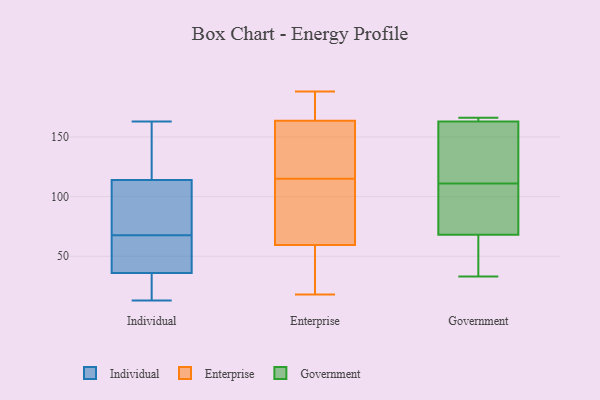
{"axis": {"x": "Headcount", "y": "Value"}, "legend": ["Enterprise", "Government", "Individual"], "data": [{"x": "", "y": 34, "type": "Individual"}, {"x": "", "y": 53, "type": "Individual"}, {"x": "", "y": 154, "type": "Individual"}, {"x": "", "y": 13, "type": "Individual"}, {"x": "", "y": 36, "type": "Individual"}, {"x": "", "y": 70, "type": "Individual"}, {"x": "", "y": 104, "type": "Individual"}, {"x": "", "y": 85, "type": "Individual"}, {"x": "", "y": 24, "type": "Individual"}, {"x": "", "y": 65, "type": "Individual"}, {"x": "", "y": 162, "type": "Individual"}, {"x": "", "y": 114, "type": "Individual"}, {"x": "", "y": 94, "type": "Individual"}, {"x": "", "y": 163, "type": "Individual"}, {"x": "", "y": 29, "type": "Individual"}, {"x": "", "y": 64, "type": "Individual"}, {"x": "", "y": 46, "type": "Individual"}, {"x": "", "y": 129, "type": "Individual"}, {"x": "", "y": 57, "type": "Enterprise"}, {"x": "", "y": 76, "type": "Enterprise"}, {"x": "", "y": 115, "type": "Enterprise"}, {"x": "", "y": 70, "type": "Enterprise"}, {"x": "", "y": 164, "type": "Enterprise"}, {"x": "", "y": 188, "type": "Enterprise"}, {"x": "", "y": 55, "type": "Enterprise"}, {"x": "", "y": 162, "type": "Enterprise"}, {"x": "", "y": 18, "type": "Enterprise"}, {"x": "", "y": 64, "type": "Enterprise"}, {"x": "", "y": 58, "type": "Enterprise"}, {"x": "", "y": 160, "type": "Enterprise"}, {"x": "", "y": 52, "type": "Enterprise"}, {"x": "", "y": 83, "type": "Enterprise"}, {"x": "", "y": 125, "type": "Enterprise"}, {"x": "", "y": 128, "type": "Enterprise"}, {"x": "", "y": 171, "type": "Enterprise"}, {"x": "", "y": 171, "type": "Enterprise"}, {"x": "", "y": 166, "type": "Enterprise"}, {"x": "", "y": 112, "type": "Government"}, {"x": "", "y": 164, "type": "Government"}, {"x": "", "y": 33, "type": "Government"}, {"x": "", "y": 166, "type": "Government"}, {"x": "", "y": 141, "type": "Government"}, {"x": "", "y": 110, "type": "Government"}, {"x": "", "y": 57, "type": "Government"}, {"x": "", "y": 68, "type": "Government"}, {"x": "", "y": 73, "type": "Government"}, {"x": "", "y": 163, "type": "Government"}]}